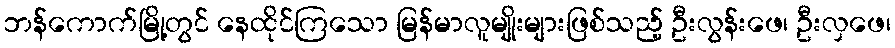
ဘန်ကောက်မြို့တွင် နေထိုင်ကြသော မြန်မာလူမျိုးများဖြစ်သည့် ဦးလွန်းဖေ၊ ဦးလှဖေ၊